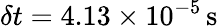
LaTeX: \delta t=4.13\times 10^{-5}\, \mathrm{{s}}